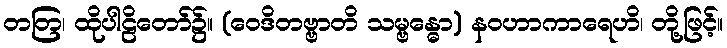
တတြ၊ ထိုပါဠိတော်၌။ (ဝေဒိတဗ္ဗာတိ သမ္ဗန္ဓော) နဝဟာကာရေဟိ၊ တို့ဖြင့်။